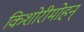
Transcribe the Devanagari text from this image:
किशोरीमोहन्